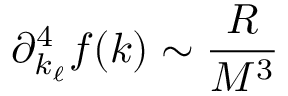
\partial _ { k _ { \ell } } ^ { 4 } f ( k ) \sim \frac { R } { M ^ { 3 } }